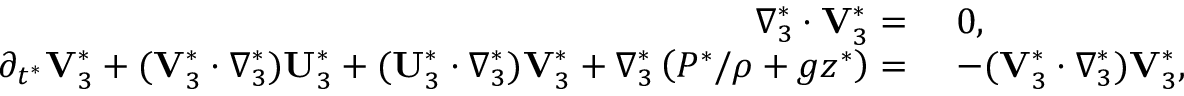
\begin{array} { r l } { \nabla _ { 3 } ^ { * } \cdot \mathbf { V } _ { 3 } ^ { * } = ~ } & { 0 , } \\ { \partial _ { t ^ { * } } \mathbf { V } _ { 3 } ^ { * } + ( \mathbf { V } _ { 3 } ^ { * } \cdot \nabla _ { 3 } ^ { * } ) \mathbf { U } _ { 3 } ^ { * } + ( \mathbf { U } _ { 3 } ^ { * } \cdot \nabla _ { 3 } ^ { * } ) \mathbf { V } _ { 3 } ^ { * } + \nabla _ { 3 } ^ { * } \left( P ^ { * } / \rho + g z ^ { * } \right) = ~ } & { - ( \mathbf { V } _ { 3 } ^ { * } \cdot \nabla _ { 3 } ^ { * } ) \mathbf { V } _ { 3 } ^ { * } , } \end{array}